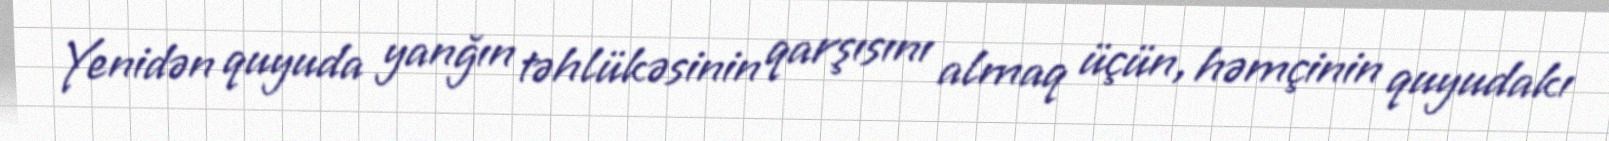
Yenidən quyuda yanğın təhlükəsinin qarşısını almaq üçün, həmçinin quyudakı